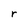
Character: r